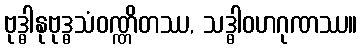
ဗုဒ္ဓါနုဗုဒ္ဓသံဝဏ္ဏိတဿ, သဒ္ဓါဝဟဂုဏဿ။